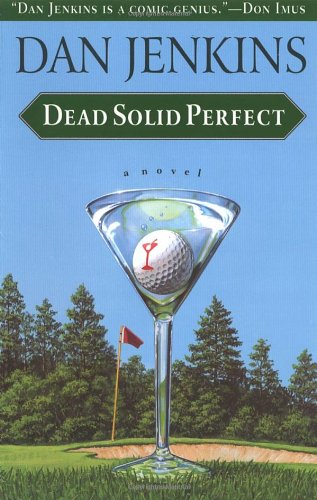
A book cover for Dead Solid Perfect; Dan Jenkins; Literature & Fiction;